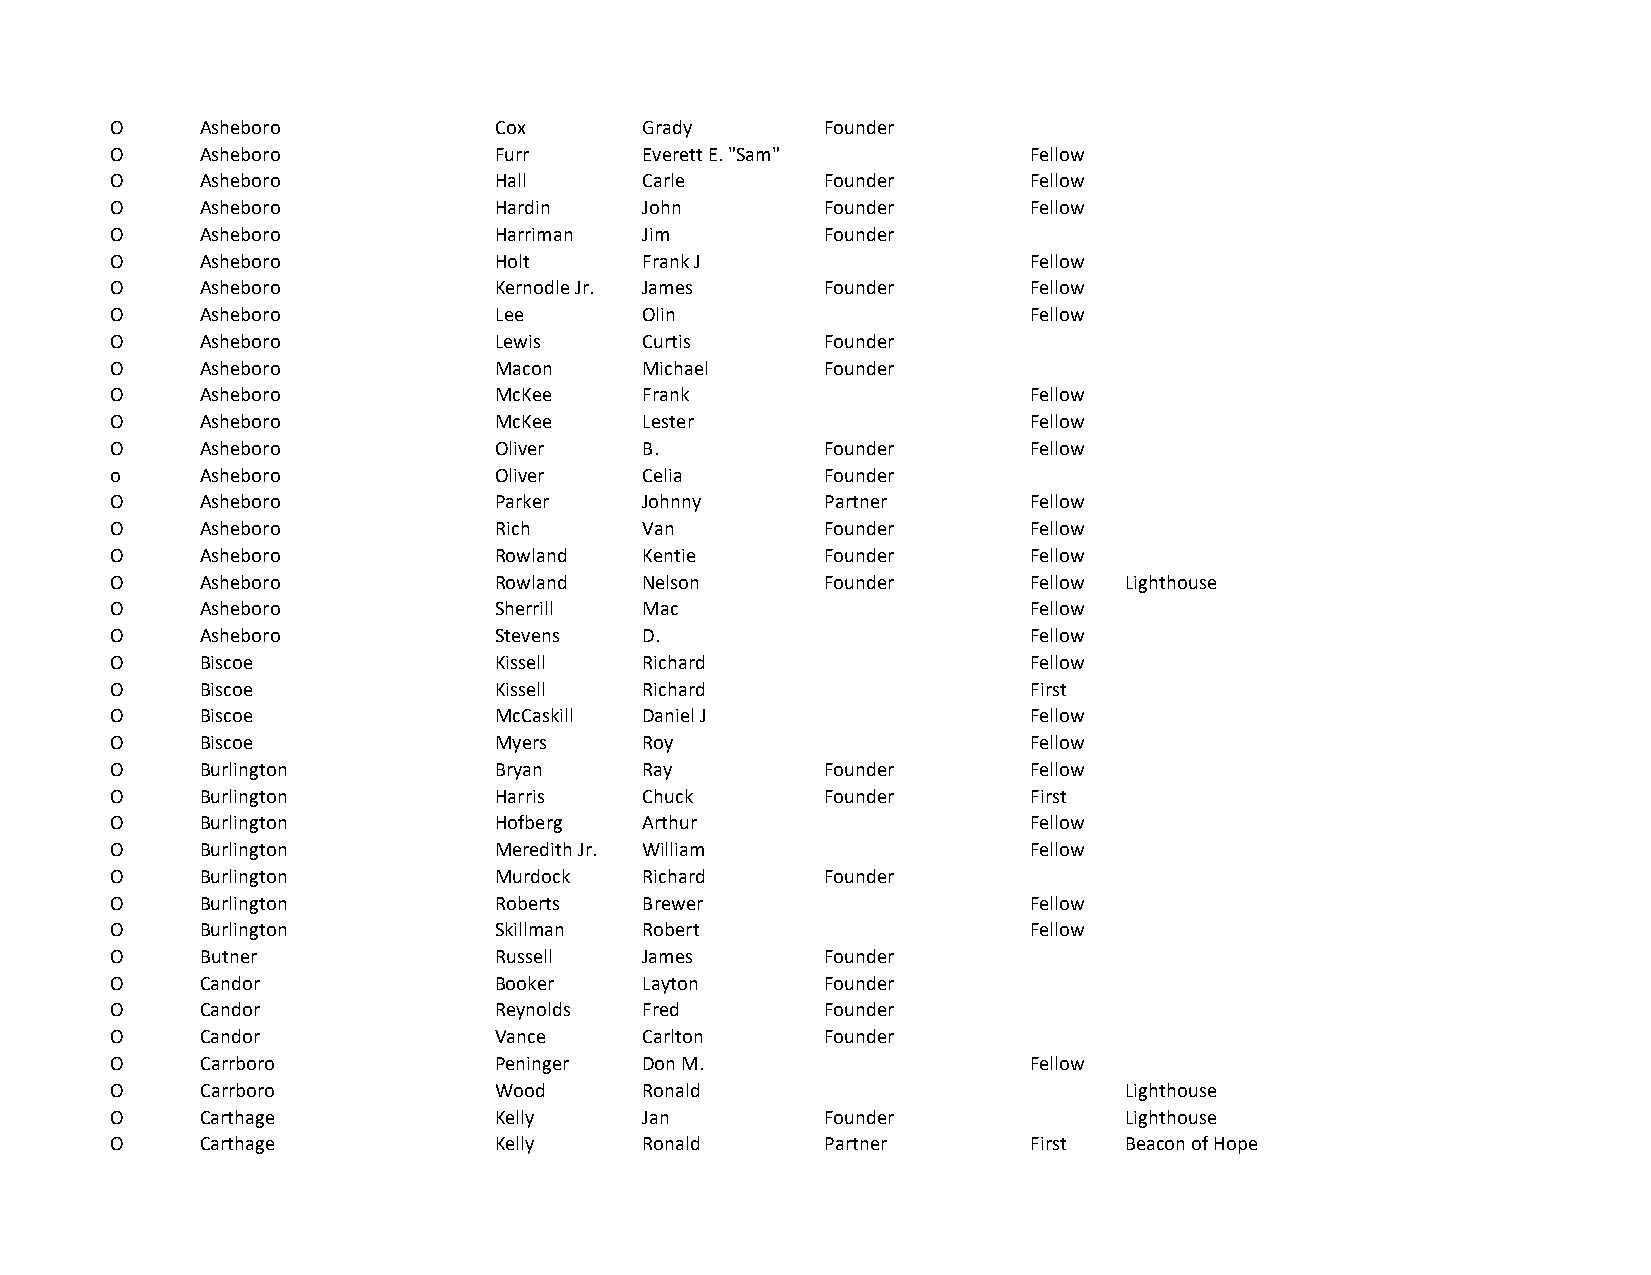
O     Asheboro            Cox       Grady       Founder
 O     Asheboro            Furr      Everett E. "Sam"         Fellow
 O     Asheboro            Hall      Carle       Founder      Fellow
 O     Asheboro            Hardin    John        Founder      Fellow
 O     Asheboro            Harriman  Jim         Founder
 O     Asheboro            Holt      Frank J                  Fellow
 O     Asheboro            Kernodle Jr. James    Founder      Fellow
 O     Asheboro            Lee       Olin                     Fellow
 O     Asheboro            Lewis     Curtis      Founder
 O     Asheboro            Macon     Michael     Founder
 O     Asheboro            McKee     Frank                    Fellow
 O     Asheboro            McKee     Lester                   Fellow
 O     Asheboro            Oliver    B.          Founder      Fellow
 o     Asheboro            Oliver    Celia       Founder
 O     Asheboro            Parker    Johnny      Partner      Fellow
 O     Asheboro            Rich      Van         Founder      Fellow
 O     Asheboro            Rowland   Kentie      Founder      Fellow
 O     Asheboro            Rowland   Nelson      Founder      Fellow Lighthouse
 O     Asheboro            Sherrill  Mac                      Fellow
 O     Asheboro            Stevens   D.                       Fellow
 O     Biscoe              Kissell   Richard                  Fellow
 O     Biscoe              Kissell   Richard                  First
 O     Biscoe              McCaskill Daniel J                 Fellow
 O     Biscoe              Myers     Roy                      Fellow
 O     Burlington          Bryan     Ray         Founder      Fellow
 O     Burlington          Harris    Chuck       Founder      First
 O     Burlington          Hofberg   Arthur                   Fellow
 O     Burlington          Meredith Jr. William               Fellow
 O     Burlington          Murdock   Richard     Founder
 O     Burlington          Roberts   Brewer                   Fellow
 O     Burlington          Skillman  Robert                   Fellow
 O     Butner              Russell   James       Founder
 O     Candor              Booker    Layton      Founder
 O     Candor              Reynolds  Fred        Founder
 O     Candor              Vance     Carlton     Founder
 O     Carrboro            Peninger  Don M.                   Fellow
 O     Carrboro            Wood      Ronald                         Lighthouse
 O     Carthage            Kelly     Jan         Founder            Lighthouse
 O     Carthage            Kelly     Ronald      Partner      First Beacon of Hope